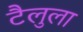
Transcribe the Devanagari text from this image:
टैलुला